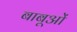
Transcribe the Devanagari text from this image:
बाबूओं